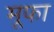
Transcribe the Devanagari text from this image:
मूफा